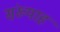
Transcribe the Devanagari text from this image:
संख्याह